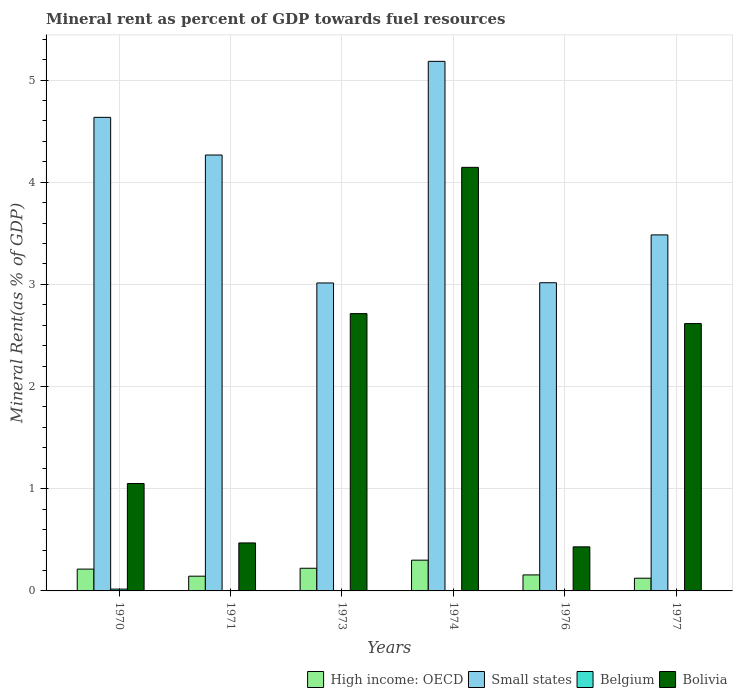
| Years | High income: OECD | Small states | Belgium | Bolivia |
 | --- | --- | --- | --- | --- |
 | 1970 | 0.214 | 4.63 | 0.0177 | 1.05 |
 | 1971 | 0.144 | 4.27 | 0.000484 | 0.47 |
 | 1973 | 0.222 | 3.01 | 0.00022 | 2.71 |
 | 1974 | 0.301 | 5.18 | 0.00283 | 4.15 |
 | 1976 | 0.157 | 3.02 | 0.00338 | 0.431 |
 | 1977 | 0.124 | 3.48 | 0.00155 | 2.62 |